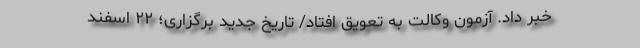
خبر داد. آزمون وکالت به تعویق افتاد/ تاریخ جدید برگزاری؛ ۲۲ اسفند